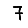
Digit: 7